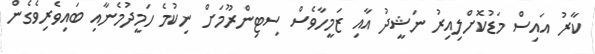
ކާރު އައިސް މަޑުކޮށްލިއިރު ނަޝީދު އާއި ޒަމީހާވެސް ސިޓިންރޫމަށް ނިކުމެ ހަމީދުމެނާއި ބައިވެރިވެގެން